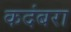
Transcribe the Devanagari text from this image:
कदंबरा